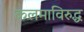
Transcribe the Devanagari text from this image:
कलमाविरुद्ध